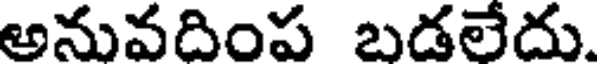
అనువదింప బడలేదు.